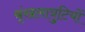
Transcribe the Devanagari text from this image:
श्रृंखलात्रुटियों